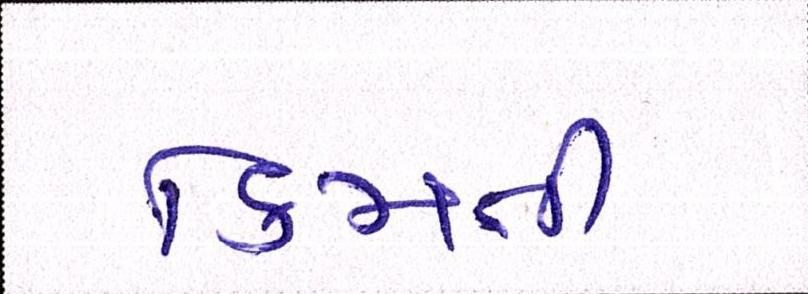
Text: કિમતી